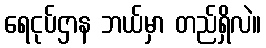
ရေငုပ်ဌာန ဘယ်မှာ တည်ရှိလဲ။